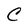
Character: C